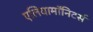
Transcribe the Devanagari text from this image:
एलियामॉनिटर्स